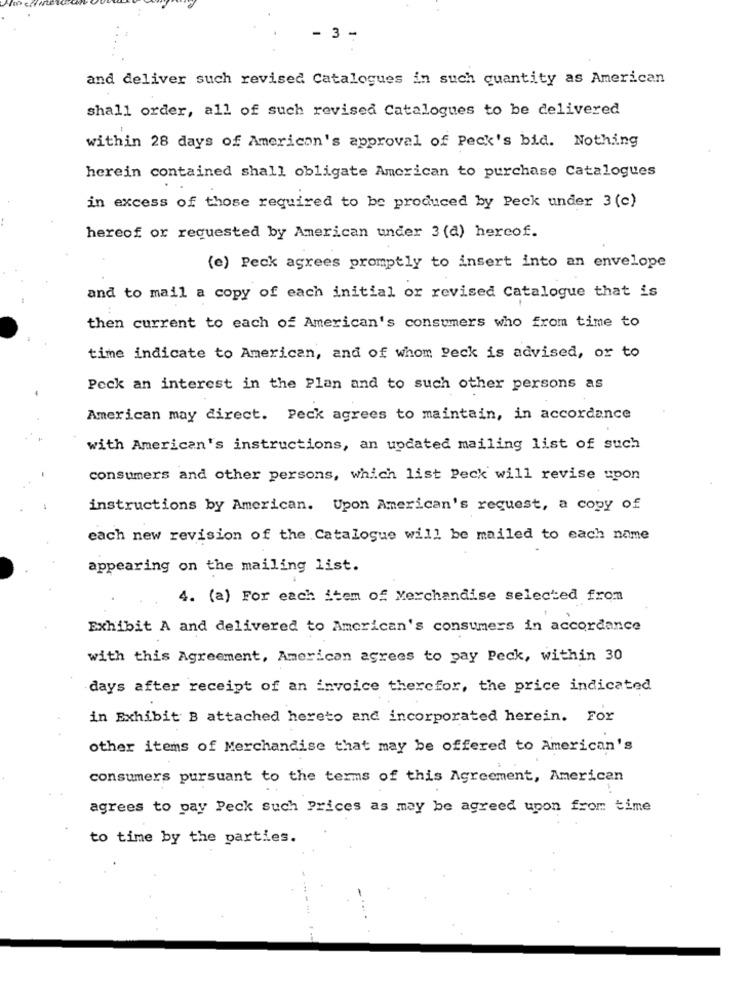
- 3 -
and deliver such revised Catalogues in such quantity as American
shall order, all of such revised Catalogues to be delivered
within 28 days of American's approval of Peck's bid. Nothing
herein contained shall obligate American to purchase Catalogues
in excess of those required to be produced by Peck under 3 (c)
hereof or requested by American under 3 (a) hercof.
(e) Peck agrees promptly to insert into an envelope
and to mail a copy of each initial or revised Catalogue that is
then current to each of American's consumers who from time to
time indicate to American, and of whom Peck is advised, or to
Peck an interest in the Plan and to such other persons as
American may direct. Peck agrees to maintain, in accordance
with American's instructions, an updated mailing list of such
consumers and other persons, which list Peck will revise upon
instructions by American. Upon American's request, a copy of
each new revision of the Catalogue will be mailed to each name
appearing on the mailing list.
4. (a) For each item of Merchandise selected from
Exhibit A and delivered to American's consumers in accordance
with this Agreement, American agrees to pay Peck, within 30
days after receipt of an invoice therefor, the price indicated
in Exhibit B attached hereto and incorporated herein. For
other items of Merchandise that may be offered to American's
consumers pursuant to the terms of this Agreement, American
agrees to pay Peck such Prices as may be agreed upon from time
to time by the parties.